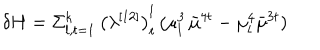
LaTeX: \delta H = \Sigma _ { l , t = 1 } ^ { k } \, { \bigl ( \lambda ^ { [ 1 2 ] } \bigr ) } _ { t } ^ { l } \, ( \mu _ { l } ^ { 3 } \, { \bar { \mu } } ^ { 4 t } - \mu _ { l } ^ { 4 } { \bar { \mu } } ^ { 3 t } )